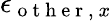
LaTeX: \epsilon_{\mathrm{~o~t~h~e~r~,~}x}